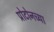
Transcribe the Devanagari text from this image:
प्रोटोनच्या